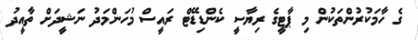
ގެ ހާމަކުރުންތަކުން މި ޕާޓީގެ ރިޔާސީ ކެންޑިޑޭޓް ރައީސް މުހަންމަދު ނަޝީދަށް ތާއީދު